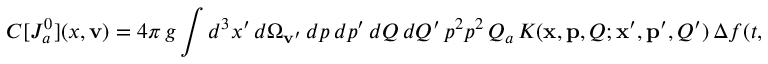
C [ { \cal J } _ { a } ^ { 0 } ] ( x , { \bf v } ) = 4 \pi \, g \int d ^ { 3 } x ^ { \prime } \, { d \Omega _ { { \bf v } ^ { \prime } } } \, d p \, d p ^ { \prime } \, d Q \, d Q ^ { \prime } \, p ^ { 2 } p ^ { 2 } \, Q _ { a } \, { K } ( { \bf x } , { \bf p } , Q ; { \bf x } ^ { \prime } , { \bf p ^ { \prime } } , Q ^ { \prime } ) \, \Delta f ( t , { \bf x } ^ { \prime } , { \bf p } ^ { \prime } , Q ^ { \prime } )